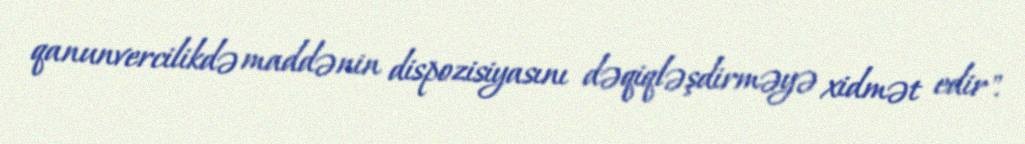
qanunvercilikdə maddənin dispozisiyasını dəqiqləşdirməyə xidmət edir".